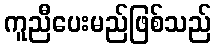
ကူညီပေးမည်ဖြစ်သည်